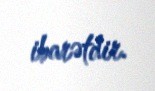
ibarətdir.